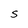
Character: S